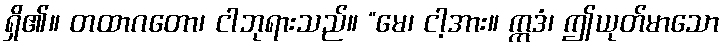
ရှိ၏။ တထာဂတော၊ ငါဘုရားသည်။ “မေ၊ ငါ့အား။ ဣဒံ၊ ဤယုတ်မာသော